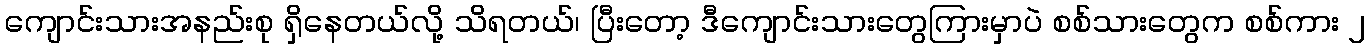
ကျောင်းသားအနည်းစု ရှိနေတယ်လို့ သိရတယ်၊ ပြီးတော့ ဒီကျောင်းသားတွေကြားမှာပဲ စစ်သားတွေက စစ်ကား ၂